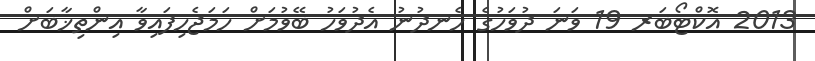
2013 އޮކްޓޯބަރ 19 ވަނަ ދުވަހުގެ ހެނދުނު އެދުވަހު ބޭވުމަށް ހަމަޖެހިފައިވާ އިންތިޚާބަށް